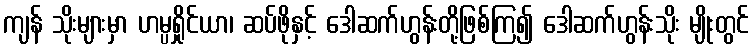
ကျန် သိုးများမှာ ဟမ္ပရှိုင်ယာ၊ ဆပ်ဖိုနှင့် ဒေါဆက်ဟွန်းတို့ဖြစ်ကြ၍ ဒေါဆက်ဟွန်းသိုး မျိုးတွင်